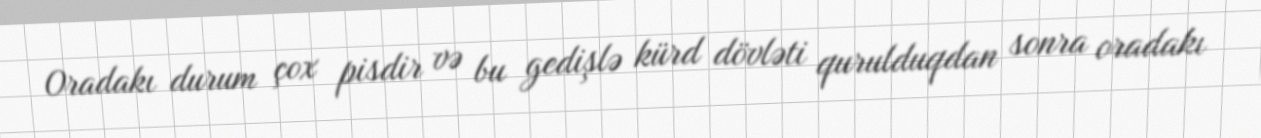
Oradakı durum çox pisdir və bu gedişlə kürd dövləti qurulduqdan sonra oradakı